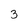
Character: 3